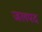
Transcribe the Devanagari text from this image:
जलपद